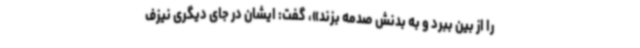
را از بین ببرد و به بدنش صدمه بزند»، گفت: ایشان در جای دیگری نیزف